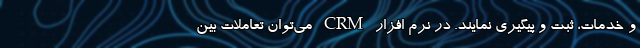
و خدمات، ثبت و پیگیری نمایند. در نرم افزار CRM می‌توان تعاملات بین